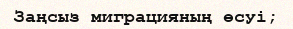
Заңсыз миграцияның өсуі;